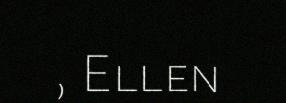
, Ellen